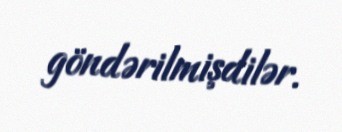
göndərilmişdilər.